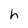
Character: h